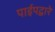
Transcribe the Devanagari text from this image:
पाईपद्वारे